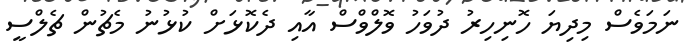
ނަމަވެސް މިދިޔަ ހޮނިހިރު ދުވަހު ވޮލްވްސް އާއި ދެކޮޅަށް ކުޅުނު މެޗުން ޗެލްސީ